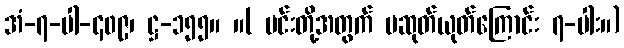
အံ-၇-ပါ-၄၀၉၊ ဋ္ဌ-၁၅၅။ ။( မင်းတို့အတွက် မဆုတ်ယုတ်ကြောင်း ၇-ပါး။)